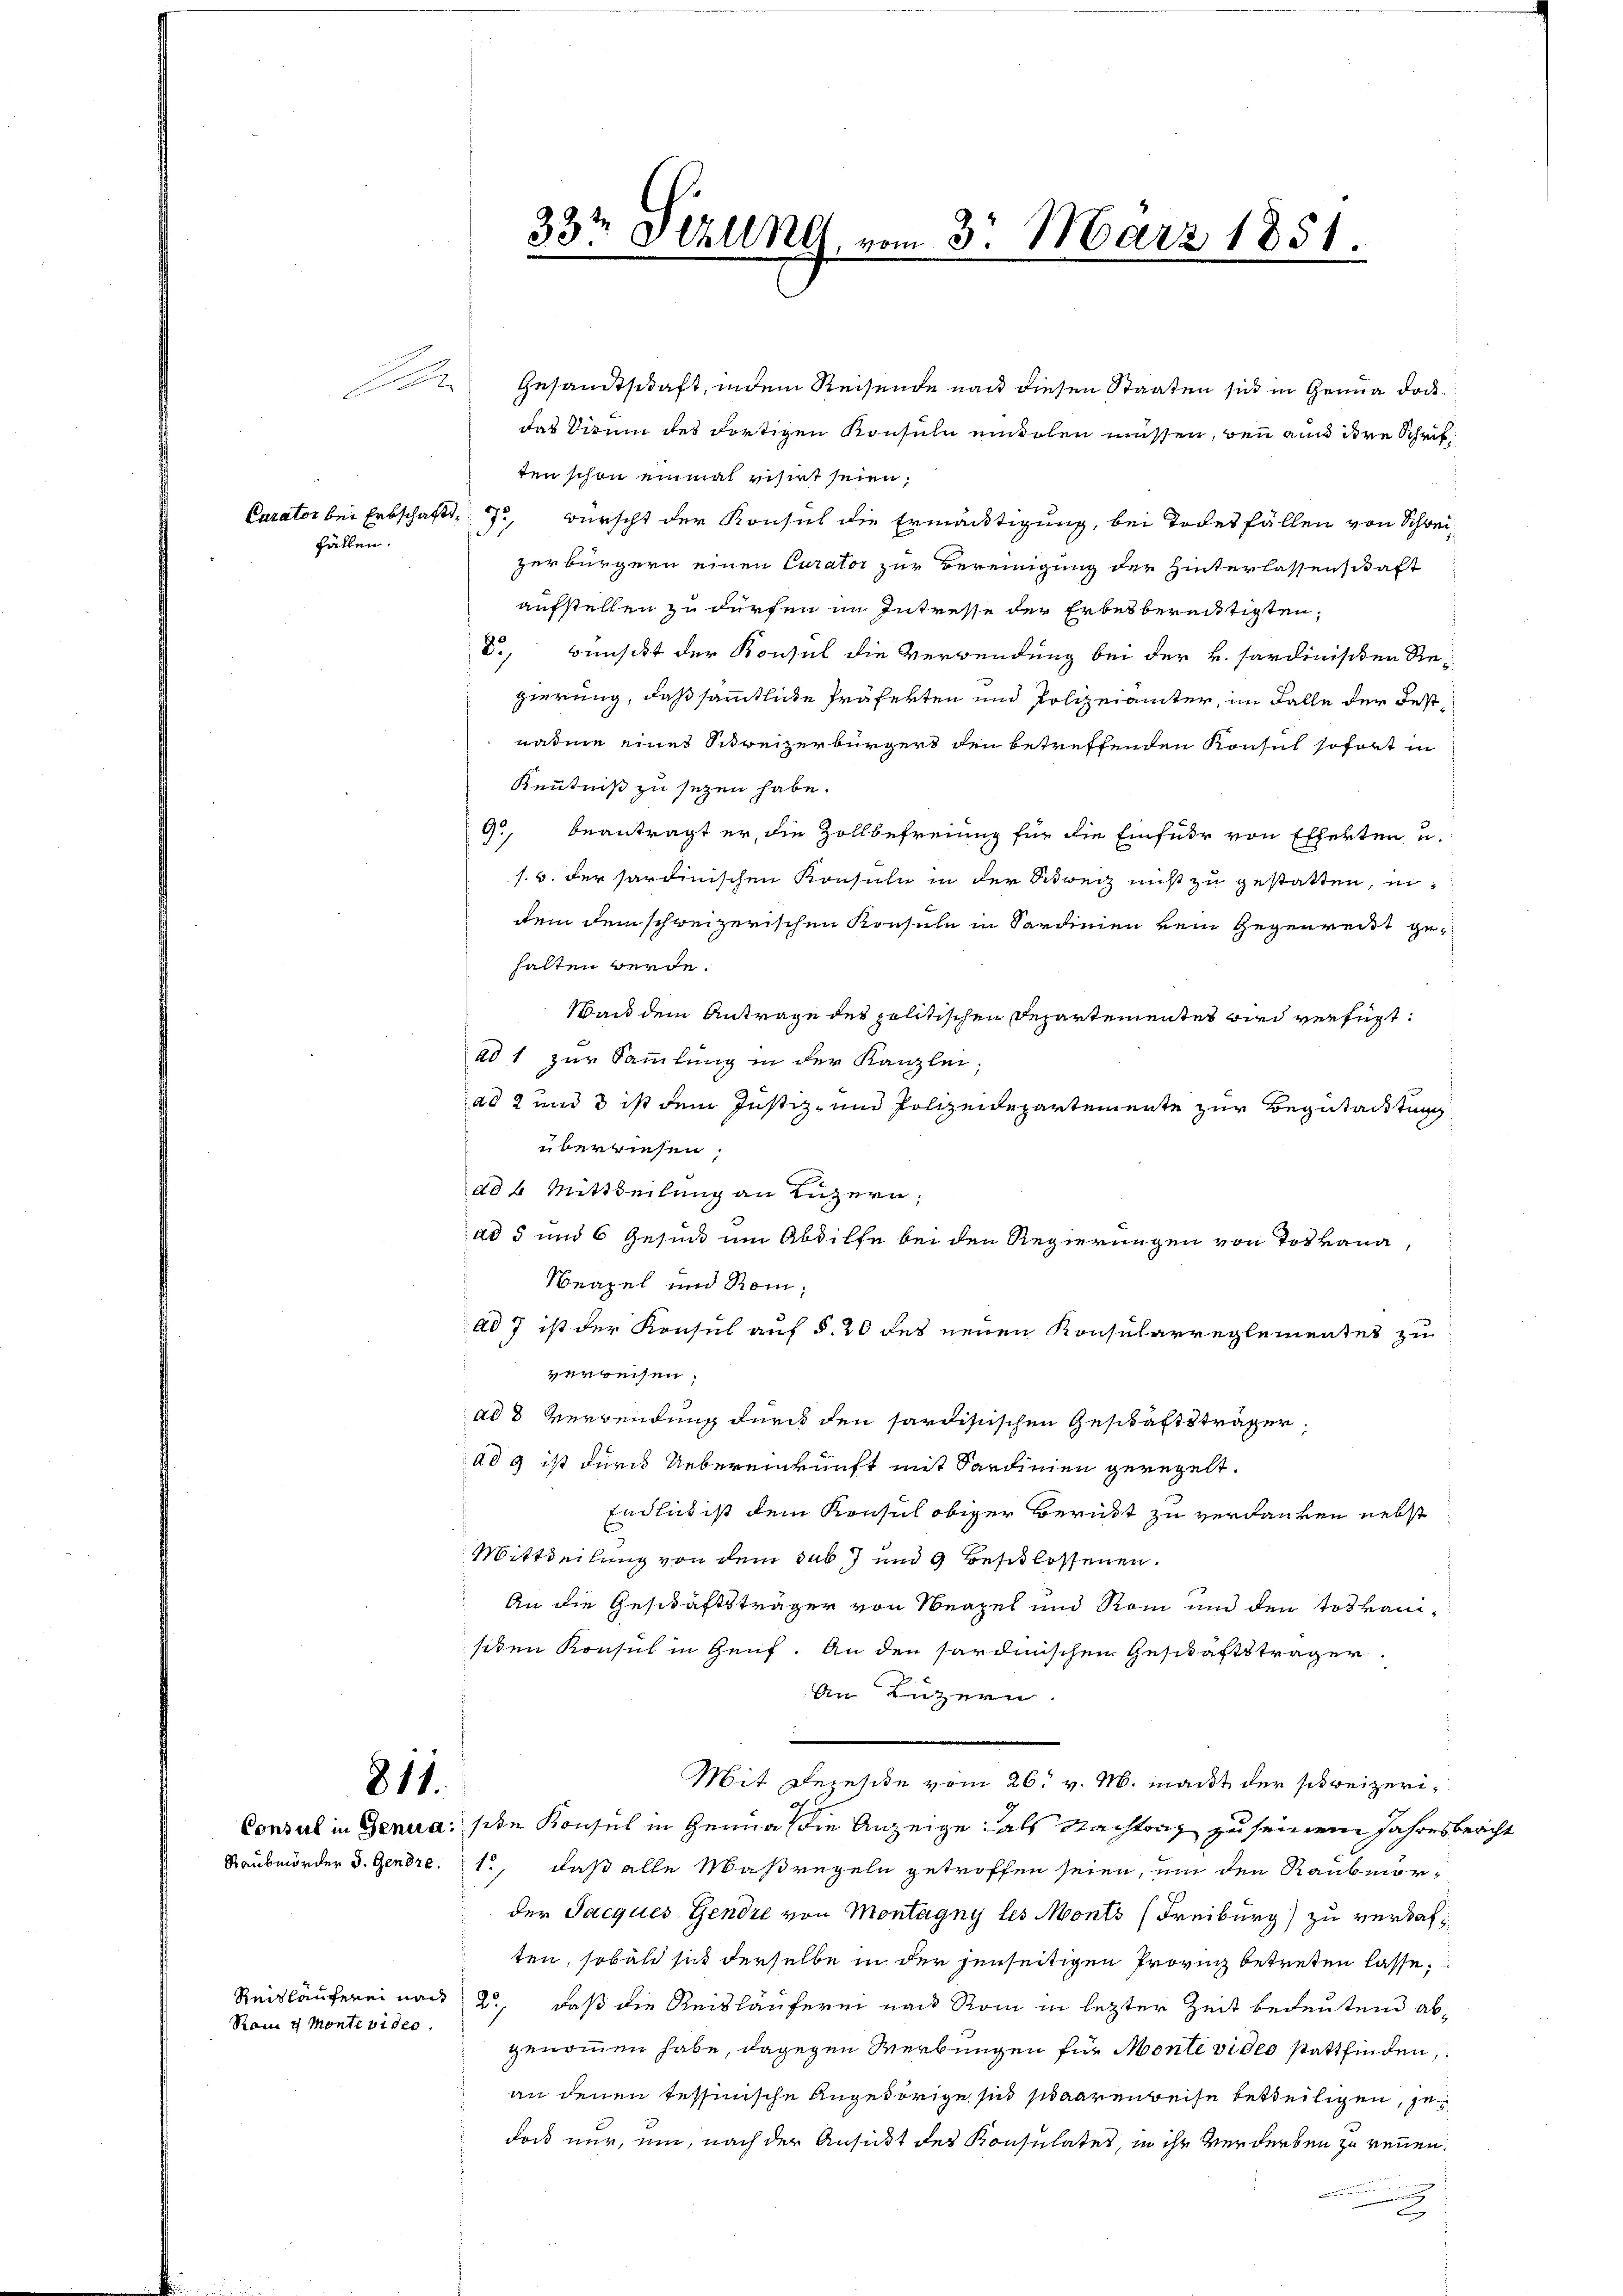
fällen.

.

Kom 4 Montevideo

Gesamtschaft, indem Reisende nach diesen Staaten sich in Genua doc
das Dirum des dortigen Konsuln mindolen müssen, den an dere Schriften schon einmal visirt seien;
Curator bei Erbschafts 72, würscht der Konsul die Ermächtigung, bei Todesfällen von Schweizerbürgern einen Curator zur Vereinigung der Hinterlassenschaft
aufstellen zu dürfen im Intresse der Erbesberechtigten,
d., wünscht der Konsul die Verwendung bei der k. Sardinischen Regierung, daß sämmtliche Präferten und Polizeiamter, im Falle der Festnahme eines Schreizerbürgert den betreffenden Konsul sofort in
Kenntniß zu sezen habe.
9, beantragt er, die Zollbefreiung für die Einfuhr von Efferten u.
s. 6. der sartinischen Konsuln in der Schweiz nicht zu gestatten, in
dem dem schweizerischen Konsule in Sardinien kein Gegenweist gehalten werde.
Wand dem Antrage des politischen Departementes wird verfügt:
ad 1 zur Sammlung in der Kanzlei,
ad 2 und 3 ist dem Justiz- und Polizeidepartemente zur Begutachtung
überwiesen;
ad 4 Mittheilung an Luzern;
ad 5 und 6 Gesuch um Abdilfe bei den Regierungen von Totkana,
Neapel und Rom
ad 7 ist der Kresul auf §. 20 des neuen Konsularreglementes zu
verweisen.
ad 8 Verwendung durch den sardistischen Geschäftsträger,
ad 9 ist durch Uebereinkunft mit Sardinien geregelt.
Endlich ist dem Konsul obiger Berückt zu verdanken nebst
Mittheilung von dem sub 7 und 9 Beschlossenen.
An die Geschäftsträger von Neapel und Rom und den toskani-
siden Konsul in Genf. An den sardinischen Geschäftsträger
An Luzern.
Mit Dezeste vom 26. v. M. macht der schweizeri¬
Consul in Genua: sie Konsul in Genua die Anzeige als Nachtrag zu seinem Jahresbericht
Raubmorder d. Gendre. 1, daß alle Maßregeln getroffen seien, um den Raubmorder Jacques Gendre von Montagny les Monts (Freiburg) zu verdaften, sobald sich derselbe in der jenseitigen Proving betreten lasse,
Reitläuferei nach 2, daß die Reisläuferei nach Rom in letzter Zeit bedeutend abgenommen habe, dagegen Werbungen für Monte video stattfinden,
an denen tessinische Angehörige sich staarenweise betheiligen, jedos nur, ein, nach der Ansit des Konsulates, in ihr Verderben zu nennen.

811.

33t Setzung, vom 3. März 1851.